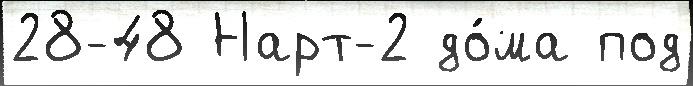
28-48 Нарт-2 до́ма под